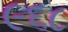
૯૬૮